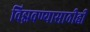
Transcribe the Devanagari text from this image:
विझवण्यासाठीही